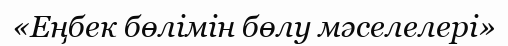
«Еңбек бөлімін бөлу мәселелері»